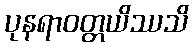
ပုနရာဝတ္တယိဿသိ